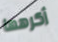
أكرهها